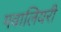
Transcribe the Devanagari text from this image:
गवालियरी